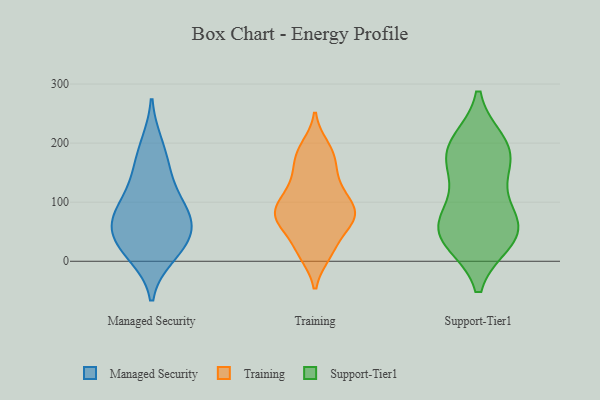
{"axis": {"x": "Conversion Rate (%)", "y": "Value"}, "legend": ["Managed Security", "Support-Tier1", "Training"], "data": [{"x": "", "y": 197, "type": "Managed Security"}, {"x": "", "y": 70, "type": "Managed Security"}, {"x": "", "y": 11, "type": "Managed Security"}, {"x": "", "y": 43, "type": "Managed Security"}, {"x": "", "y": 20, "type": "Managed Security"}, {"x": "", "y": 70, "type": "Managed Security"}, {"x": "", "y": 160, "type": "Managed Security"}, {"x": "", "y": 92, "type": "Managed Security"}, {"x": "", "y": 133, "type": "Managed Security"}, {"x": "", "y": 83, "type": "Managed Security"}, {"x": "", "y": 37, "type": "Managed Security"}, {"x": "", "y": 126, "type": "Training"}, {"x": "", "y": 98, "type": "Training"}, {"x": "", "y": 72, "type": "Training"}, {"x": "", "y": 182, "type": "Training"}, {"x": "", "y": 74, "type": "Training"}, {"x": "", "y": 46, "type": "Training"}, {"x": "", "y": 83, "type": "Training"}, {"x": "", "y": 107, "type": "Training"}, {"x": "", "y": 75, "type": "Training"}, {"x": "", "y": 75, "type": "Training"}, {"x": "", "y": 18, "type": "Training"}, {"x": "", "y": 121, "type": "Training"}, {"x": "", "y": 147, "type": "Training"}, {"x": "", "y": 12, "type": "Training"}, {"x": "", "y": 183, "type": "Training"}, {"x": "", "y": 85, "type": "Training"}, {"x": "", "y": 66, "type": "Training"}, {"x": "", "y": 14, "type": "Training"}, {"x": "", "y": 193, "type": "Training"}, {"x": "", "y": 161, "type": "Training"}, {"x": "", "y": 138, "type": "Support-Tier1"}, {"x": "", "y": 36, "type": "Support-Tier1"}, {"x": "", "y": 180, "type": "Support-Tier1"}, {"x": "", "y": 199, "type": "Support-Tier1"}, {"x": "", "y": 61, "type": "Support-Tier1"}, {"x": "", "y": 84, "type": "Support-Tier1"}, {"x": "", "y": 180, "type": "Support-Tier1"}, {"x": "", "y": 50, "type": "Support-Tier1"}, {"x": "", "y": 38, "type": "Support-Tier1"}, {"x": "", "y": 55, "type": "Support-Tier1"}, {"x": "", "y": 190, "type": "Support-Tier1"}]}